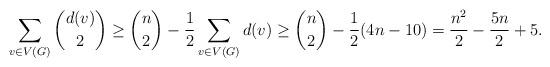
LaTeX: \begin{align*}\sum_{v \in V(G)} \binom{d(v)}{2} \ge \binom{n}{2} - \frac{1}{2}\sum_{v \in V(G)}{d(v)} \ge \binom{n}{2} - \frac{1}{2}(4n-10) = \frac{n^2}{2}- \frac{5n}{2} +5.\end{align*}